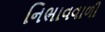
નિભાવવાળી